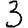
Digit: 3